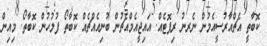
ކޮބާތީ އެޗްއާރުސީއެމުން ނެރނު ރިޕޮޓެއް. އައިޖީއެމްއެޗުން ބުނިއެއްޗެއް ކޮބާތޯ ފުލުހުން ކޮބާތޯ. މިއިން